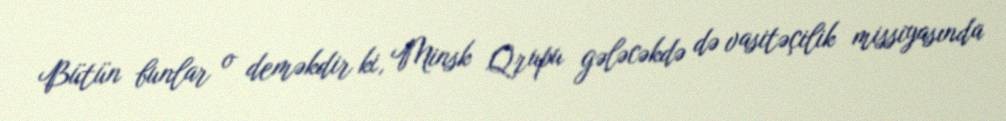
Bütün bunlar o deməkdir ki, Minsk Qrupu gələcəkdə də vasitəçilik missiyasında